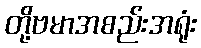
တို့ဗမာအစည်းအရုံး